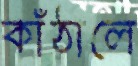
কাঁঠালে